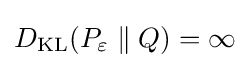
D_{\mathrm {KL} }(P_{\varepsilon }\parallel Q)=\infty